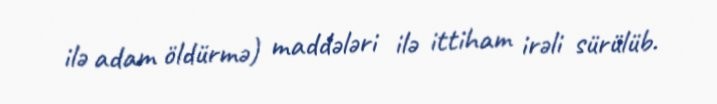
ilə adam öldürmə) maddələri ilə ittiham irəli sürülüb.